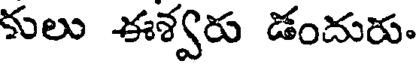
కులు ఈశ్వరు డందురు.